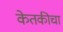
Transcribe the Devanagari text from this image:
केतकीचा